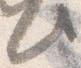
此